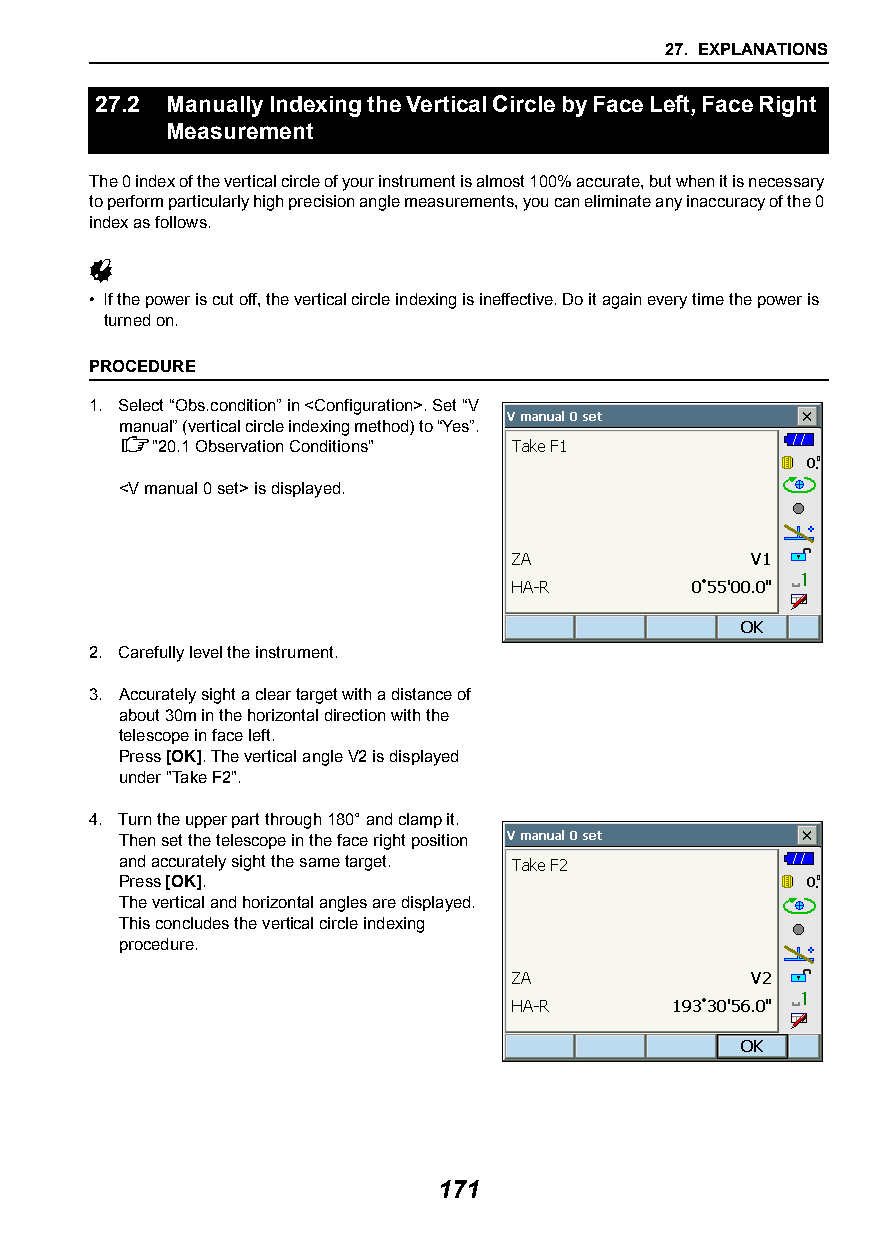
27. EXPLANATIONS
 27.2 Manually Indexing the Vertical Circle by Face Left, Face Right
 Measurement
 The 0 index of the vertical circle of your instrument is almost 100% accurate, but when it is necessary
 to perform particularly high precision angle measurements, you can eliminate any inaccuracy of the 0
 index as follows.
 
 • If the power is cut off, the vertical circle indexing is ineffective. Do it again every time the power is
 turned on.
 PROCEDURE
 1. Select “Obs.condition” in <Configuration>. Set “V
 manual” (vertical circle indexing method) to “Yes”.
 "20.1Observation Conditions"
 <V manual 0 set> is displayed.
 2. Carefully level the instrument.
 3. Accurately sight a clear target with a distance of
 about 30m in the horizontal direction with the
 telescope in face left.
 Press [OK]. The vertical angle V2 is displayed
 under "Take F2".
 4. Turn the upper part through 180° and clamp it.
 Then set the telescope in the face right position
 and accurately sight the same target.
 Press [OK].
 The vertical and horizontal angles are displayed.
 This concludes the vertical circle indexing
 procedure.
 171